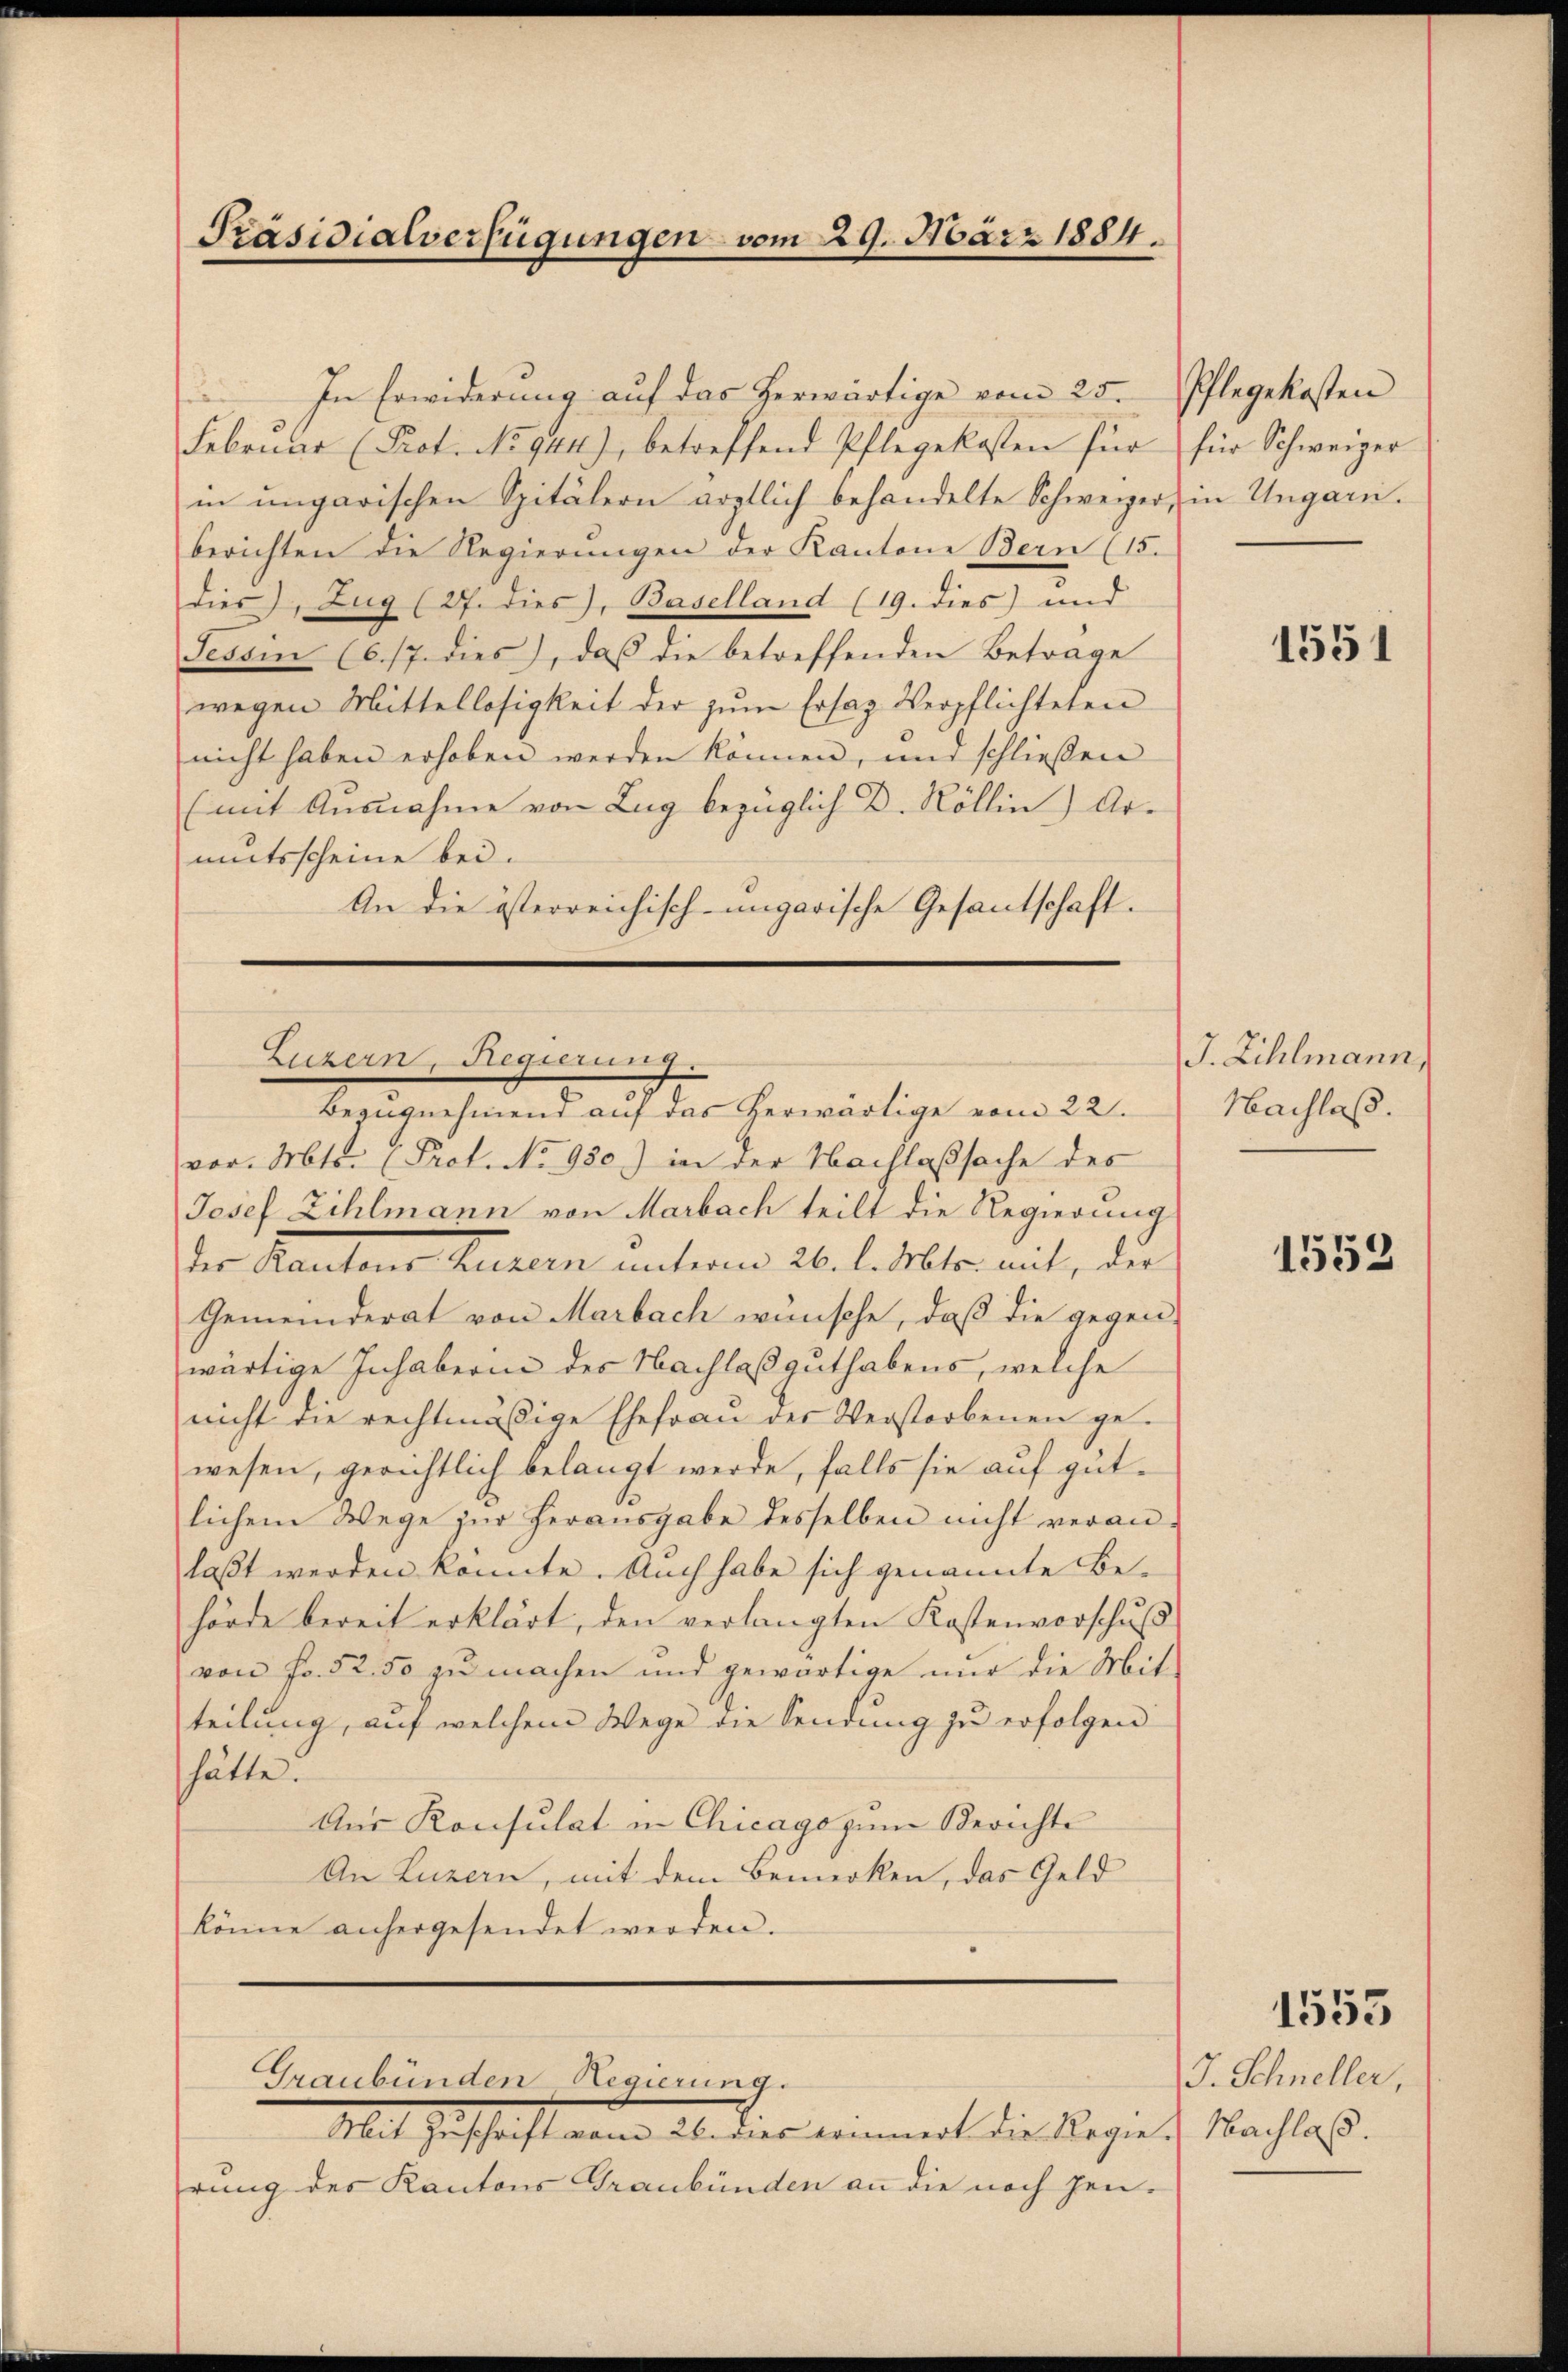
Präsidialverfügungen vom 29. März 1884.

In Erwiderung auf das herwärtige vom 25.
Februar (Prot. No 944), betreffend Pflegekosten für für Schweizer
in ungarischen Spitälern ärztlich behandelte Schweizer, in Ungarn.
berichten die Regierŭngen der Kantone Bern (15.
dies, Zug (27. dies, Baselland (19. dies) und
Tessin (C./7. dies, daß die betreffenden Beträge
wegen Mittellosigkeit der zŭm Ersaz Verpflichteten
nicht haben erhoben werden können, und schließen
(mit Ausnahme von Zug bezüglich D. Röllin) Armutsscheine bei.
An die österreichisch-ungarische Gesantschaft.

vor. Mts. (Prof. No 980.) in der Nachlaßsache des
Josef Zihlmann von Marbach teilt die Regierung
der Kantons Bauren unterm 26. d. desser mit, der
Gemeinderat von Marbach wünsche, daß die gegen-
wärtige Inhaberin des Nachlaß guthabens, welche
nicht die rechtmäßige Ehefrau der Verstorbenen gewesen, gerichtlich belangt werde, falls sie auf gutlichem Wege zŭr Herausgabe desselben nicht veran-
laßt werden könnte. Auch habe sich genannte Behörde bereit erklärt, den verlangten Kostenvorschŭβ
von Fr. 52. 50 zu machen und gewärtige nur die Mit-
teilung, auf welchem Wege die Sendung zu erfolgen
hätte.
Aus Konsulat in Chicago zum Berichte
An Luzern, mit dem Bemerken, das Geld
könne anhergesendet werden.
Graubünden Regierung.
Mit Zuschaft an als dies kommert die Regie) Nachlas.
rung des Kantons Graubünden an die nach Jen¬

Luzern, Regierung
e
Bezugnehmend auf das herwärtige vom 22.

Pflegekosten

1551

J. Zihlmann,
Nachlaß.

1553

1555

J. Schneller,